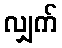
လျှက်